Madras plague regulations and rules - Volume 2
Disease focus: Plague
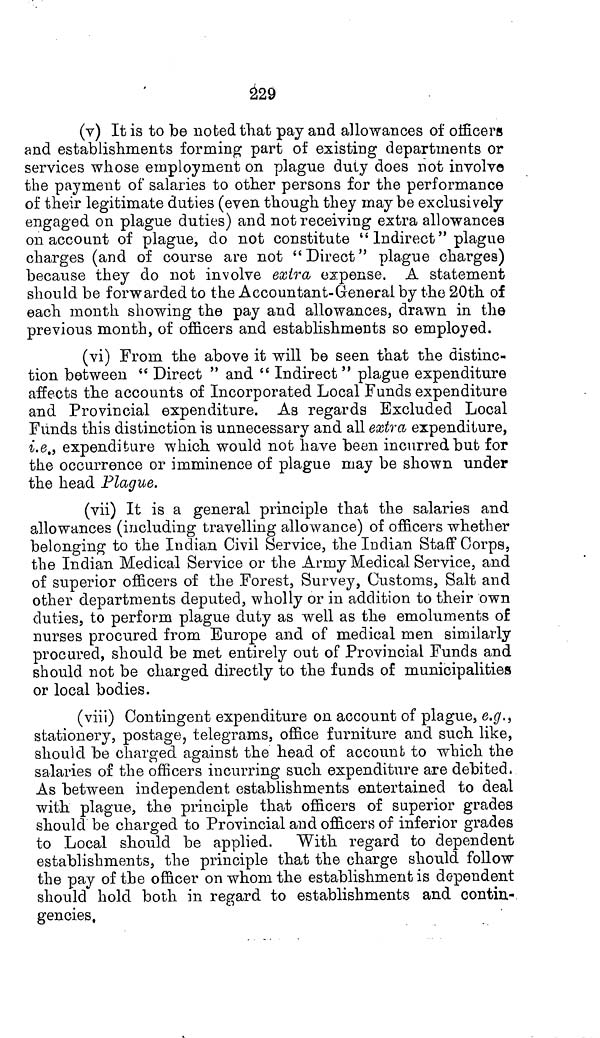
229
(v) It is to be noted that pay and allowances of officers
and establishments forming part of existing departments or
services whose employment on plague duty does not involve
the payment of salaries to other persons for the performance
of their legitimate duties (even though they may be exclusively
engaged on plague duties) and not receiving extra allowances
on account of plague, do not constitute " Indirect" plague
charges (and of course are not "Direct" plague charges)
because they do not involve extra expense. A statement
should be forwarded to the Accountant-General by the 20th of
each month showing the pay and allowances, drawn in the
previous month, of officers and establishments so employed.
(vi) From the above it will be seen that the distinc-
tion between " Direct " and " Indirect " plague expenditure
affects the accounts of Incorporated Local Funds expenditure
and Provincial expenditure. As regards Excluded Local
Funds this distinction is unnecessary and all extra expenditure,
i.e., expenditure which would not have been incurred but for
the occurrence or imminence of plague may be shown under
the head Plague.
(vii) It is a general principle that the salaries and
allowances (including travelling allowance) of officers whether
belonging to the Indian Civil Service, the Indian Staff Corps,
the Indian Medical Service or the Army Medical Service, and
of superior officers of the Forest, Survey, Customs, Salt and
other departments deputed, wholly or in addition to their own
duties, to perform plague duty as well as the emoluments of
nurses procured from Europe and of medical men similarly
procured, should be met entirely out of Provincial Funds and
should not be charged directly to the funds of municipalities
or local bodies.
(viii) Contingent expenditure on account of plague, e.g.,
stationery, postage, telegrams, office furniture and such like,
should be charged against the head of account to which the
salaries of the officers incurring such expenditure are debited.
As between independent establishments entertained to deal
with plague, the principle that officers of superior grades
should be charged to Provincial and officers of inferior grades
to Local should be applied. With regard to dependent
establishments, the principle that the charge should follow
the pay of the officer on whom the establishment is dependent
should hold both in regard to establishments and contin-
gencies,